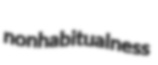
nonhabitualness